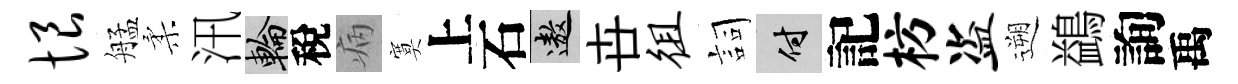
恨艋柔汛輪稅病寞上石遨卋徂詞付記枋盗遡鷁詢禹